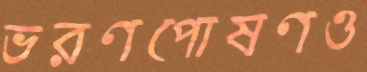
ভরণপোষণও